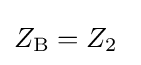
Z_{\mathrm {B} }=Z_{2}\